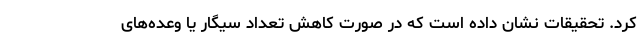
کرد. تحقیقات نشان داده است که در صورت کاهش تعداد سیگار یا وعده‌های